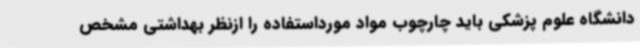
دانشگاه علوم پزشکی باید چارچوب مواد مورداستفاده را ازنظر بهداشتی مشخص